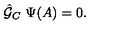
{ \hat { \cal G } } _ { C } \ \Psi ( A ) = 0 .